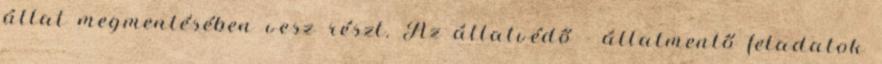
állat megmentésében vesz részt. Az állatvédő - állatmentő feladatok